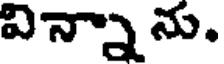
విన్నాను,